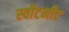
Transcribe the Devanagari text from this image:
स्वीटमीट